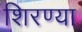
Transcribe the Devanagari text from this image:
शिरण्या